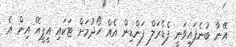
އޭނާ ބުނެފައިވަނީ ފެޑެރަލް ފަންޑިން އެއް ހޯދުމަށް ޓަކައި އީޕީއޭ އިން އެ